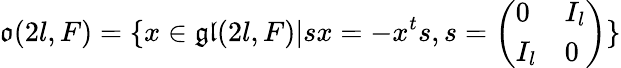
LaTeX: {\mathfrak{o}}(2l,F)=\{ x\in{\mathfrak{gl}}(2l,F)|sx=-x^{t}s,s={\left(\begin{array}{ll}{0}&{I_{l}}\\ {I_{l}}&{0}\end{array}\right)}\}